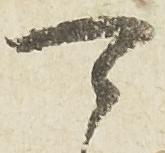
可